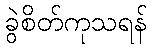
ခွဲစိတ်ကုသရန်